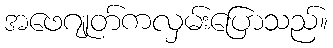
အဖေဂျုတ်ကလှမ်းပြောသည်။